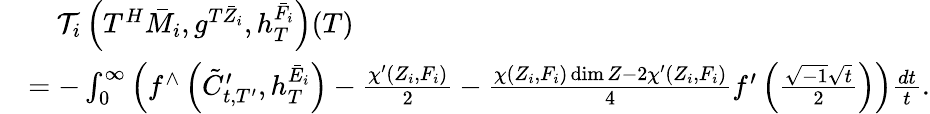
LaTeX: \begin{array}{rl}&{\ \ \ \ \mathcal{T}_{i}\left(T^{H}\bar{M}_{i},g^{T{\bar{Z}}_{i}},h_{T}^{\bar{F}_{i}}\right)(T)}\\ &{=-\int_{0}^{\infty}\left(f^{\wedge}\left({\tilde{C}}_{t,T^{\prime}}^{\prime},h_{T}^{{\bar{E}}_{i}}\right)-\frac{\chi^{\prime}(Z_{i},F_{i})}{2}-\frac{\chi(Z_{i},F_{i})\dim Z-2\chi^{\prime}(Z_{i},F_{i})}{4}f^{\prime}\left(\frac{\sqrt{-1}\sqrt{t}}{2}\right)\right)\frac{dt}{t}.}\end{array}